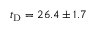
t _ { \mathrm { D } } = 2 6 . 4 \pm 1 . 7